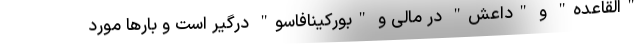
"القاعده" و "داعش" در مالی و "بورکینافاسو" درگیر است و بارها مورد